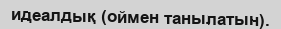
идеалдық (оймен танылатын).